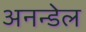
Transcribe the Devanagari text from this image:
अनन्डेल